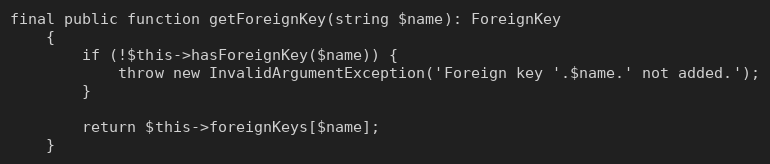
Language: PHP
final public function getForeignKey(string $name): ForeignKey
    {
        if (!$this->hasForeignKey($name)) {
            throw new InvalidArgumentException('Foreign key '.$name.' not added.');
        }

        return $this->foreignKeys[$name];
    }